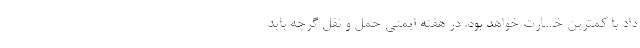
داد با کمترین خسارت خواهد بود. در هفته ایمنی حمل و نقل گرچه باید